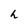
Character: h